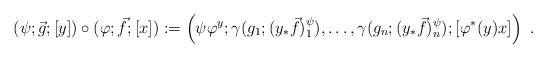
LaTeX: \begin{align*}(\psi;\vec g;[y])\circ(\varphi;\vec f;[x]):= \left(\psi\varphi^y;\gamma(g_1;(y_\ast\vec f)^\psi_1),\dots,\gamma(g_n;(y_\ast\vec f)^\psi_n);[\varphi^\ast(y)x]\right)\ .\end{align*}